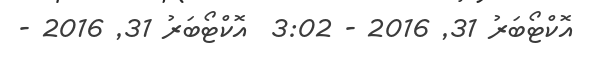
އޮކްޓޯބަރު 31